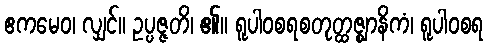
ဧကမေဝ၊ လျှင်။ ဥပ္ပဇ္ဇတိ၊ ၏။ ရူပါဝစရစတုတ္ထဇ္ဈာနိကံ၊ ရူပါဝစရ